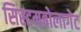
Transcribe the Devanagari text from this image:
सिस्टमबोलागेट